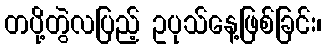
တပို့တွဲလပြည့် ဥပုသ်နေ့ဖြစ်ခြင်း၊